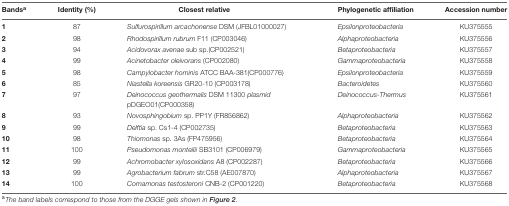
<table><thead><tr><td><b>Bands<sup>a</sup></b></td><td><b>Identity (%)</b></td><td><b>Closest relative</b></td><td><b>Phylogenetic affiliation</b></td><td><b>Accession number</b></td></tr></thead><tbody><tr><td><b>1</b></td><td>87</td><td><i>Sulfurospirillum arcachonense</i> DSM (JFBL01000027)</td><td><i>Epsilonproteobacteria</i></td><td>KU375555</td></tr><tr><td><b>2</b></td><td>98</td><td><i>Rhodospirillum rubrum</i> F11 (CP003046)</td><td><i>Alphaproteobacteria</i></td><td>KU375556</td></tr><tr><td><b>3</b></td><td>94</td><td><i>Acidovorax avenae</i> sub sp.(CP002521)</td><td><i>Betaproteobacteria</i></td><td>KU375557</td></tr><tr><td><b>4</b></td><td>99</td><td><i>Acinetobacter oleivorans</i> (CP002080)</td><td><i>Gammaproteobacteria</i></td><td>KU375558</td></tr><tr><td><b>5</b></td><td>98</td><td><i>Campylobacter hominis</i> ATCC BAA-381(CP000776)</td><td><i>Epsilonproteobacteria</i></td><td>KU375559</td></tr><tr><td><b>6</b></td><td>85</td><td><i>Niastella koreensis</i> GR20-10 (CP003178)</td><td><i>Bacteroidetes</i></td><td>KU375560</td></tr><tr><td><b>7</b></td><td>97</td><td><i>Deinococcus geothermalis</i> DSM 11300 <i>plasmid</i> pDGEO01(CP000358)</td><td><i>Deinococcus-Thermus</i></td><td>KU375561</td></tr><tr><td><b>8</b></td><td>93</td><td><i>Novosphingobium</i> sp. PP1Y (FR856862)</td><td><i>Alphaproteobacteria</i></td><td>KU375562</td></tr><tr><td><b>9</b></td><td>99</td><td><i>Delftia</i> sp. Cs1-4 (CP002735)</td><td><i>Betaproteobacteria</i></td><td>KU375563</td></tr><tr><td><b>10</b></td><td>98</td><td><i>Thiomonas</i> sp. 3As (FP475956)</td><td><i>Betaproteobacteria</i></td><td>KU375564</td></tr><tr><td><b>11</b></td><td>100</td><td><i>Pseudomonas monteilii</i> SB3101 (CP006979)</td><td><i>Gammaproteobacteria</i></td><td>KU375565</td></tr><tr><td><b>12</b></td><td>99</td><td><i>Achromobacter xylosoxidans</i> A8 (CP002287)</td><td><i>Betaproteobacteria</i></td><td>KU375566</td></tr><tr><td><b>13</b></td><td>99</td><td><i>Agrobacterium fabrum</i> str.C58 (AE007870)</td><td><i>Alphaproteobacteria</i></td><td>KU375567</td></tr><tr><td><b>14</b></td><td>100</td><td><i>Comamonas testosteroni</i> CNB-2 (CP001220)</td><td><i>Betaproteobacteria</i></td><td>KU375568</td></tr></tbody></table>